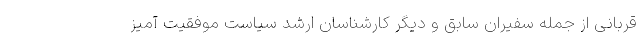
قربانی از جمله سفیران سابق و دیگر کارشناسان ارشد سیاست موفقیت آمیز